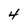
Character: 4